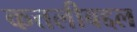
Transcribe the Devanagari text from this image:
कत्तलीबद्दल